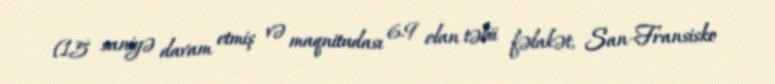
(15 saniyə davam etmiş və maqnitudası 6.9 olan təbii fəlakət, San-Fransisko